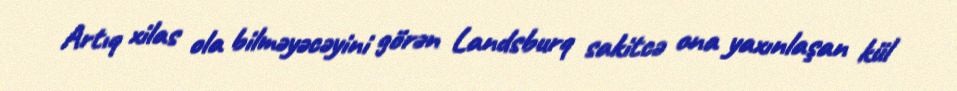
Artıq xilas ola bilməyəcəyini görən Landsburq sakitcə ona yaxınlaşan kül